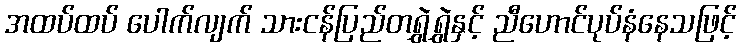
အထပ်ထပ် ပေါက်လျက် သားငန်ပြည်တရွှဲရွှဲနှင့် ညီဟောင်ပုပ်နံနေသဖြင့်